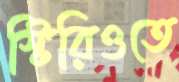
স্টিরিওতে